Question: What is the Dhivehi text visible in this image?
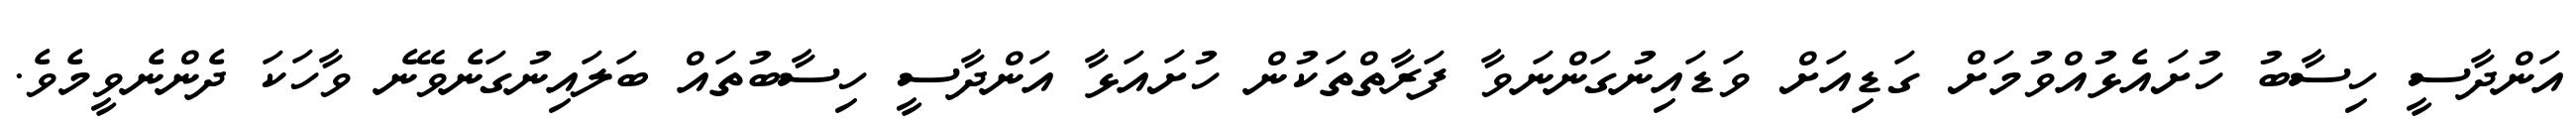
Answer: އަންދާސީ ހިސާބު ހުށައެޅުއްވުމަށް ގަޑިއަށް ވަޑައިނުގަންނަވާ ފަރާތްތަކުން ހުށައަޅާ އަންދާސީ ހިސާބުތައް ބަލައިނުގަނެވޭނެ ވާހަކަ ދެންނެވީމެވެ.